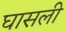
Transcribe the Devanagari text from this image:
घासली